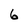
Character: 6